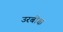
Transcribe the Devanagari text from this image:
उरबीक्ष